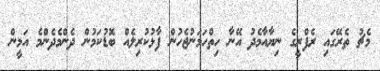
މެޗު ތެރޭގައި ރެފްރީގެ ނިޔާއާމެދު އޭނާ ހިތްހަމަނުޖެހުން ފާޅުކުރިލެއް ބޮޑުކަމުން ދެންމެދެންމެ އަމީން